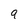
Character: 9